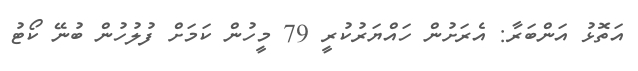
އަތޮޅު އަންބަރާ: އެރަށުން ހައްޔަރުކުރީ 79 މީހުން ކަމަށް ފުލުހުން ބުނޭ ކޯޓު